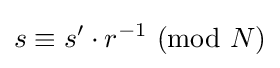
s\equiv s'\cdot r^{-1}\ (\mathrm {mod} \ N)